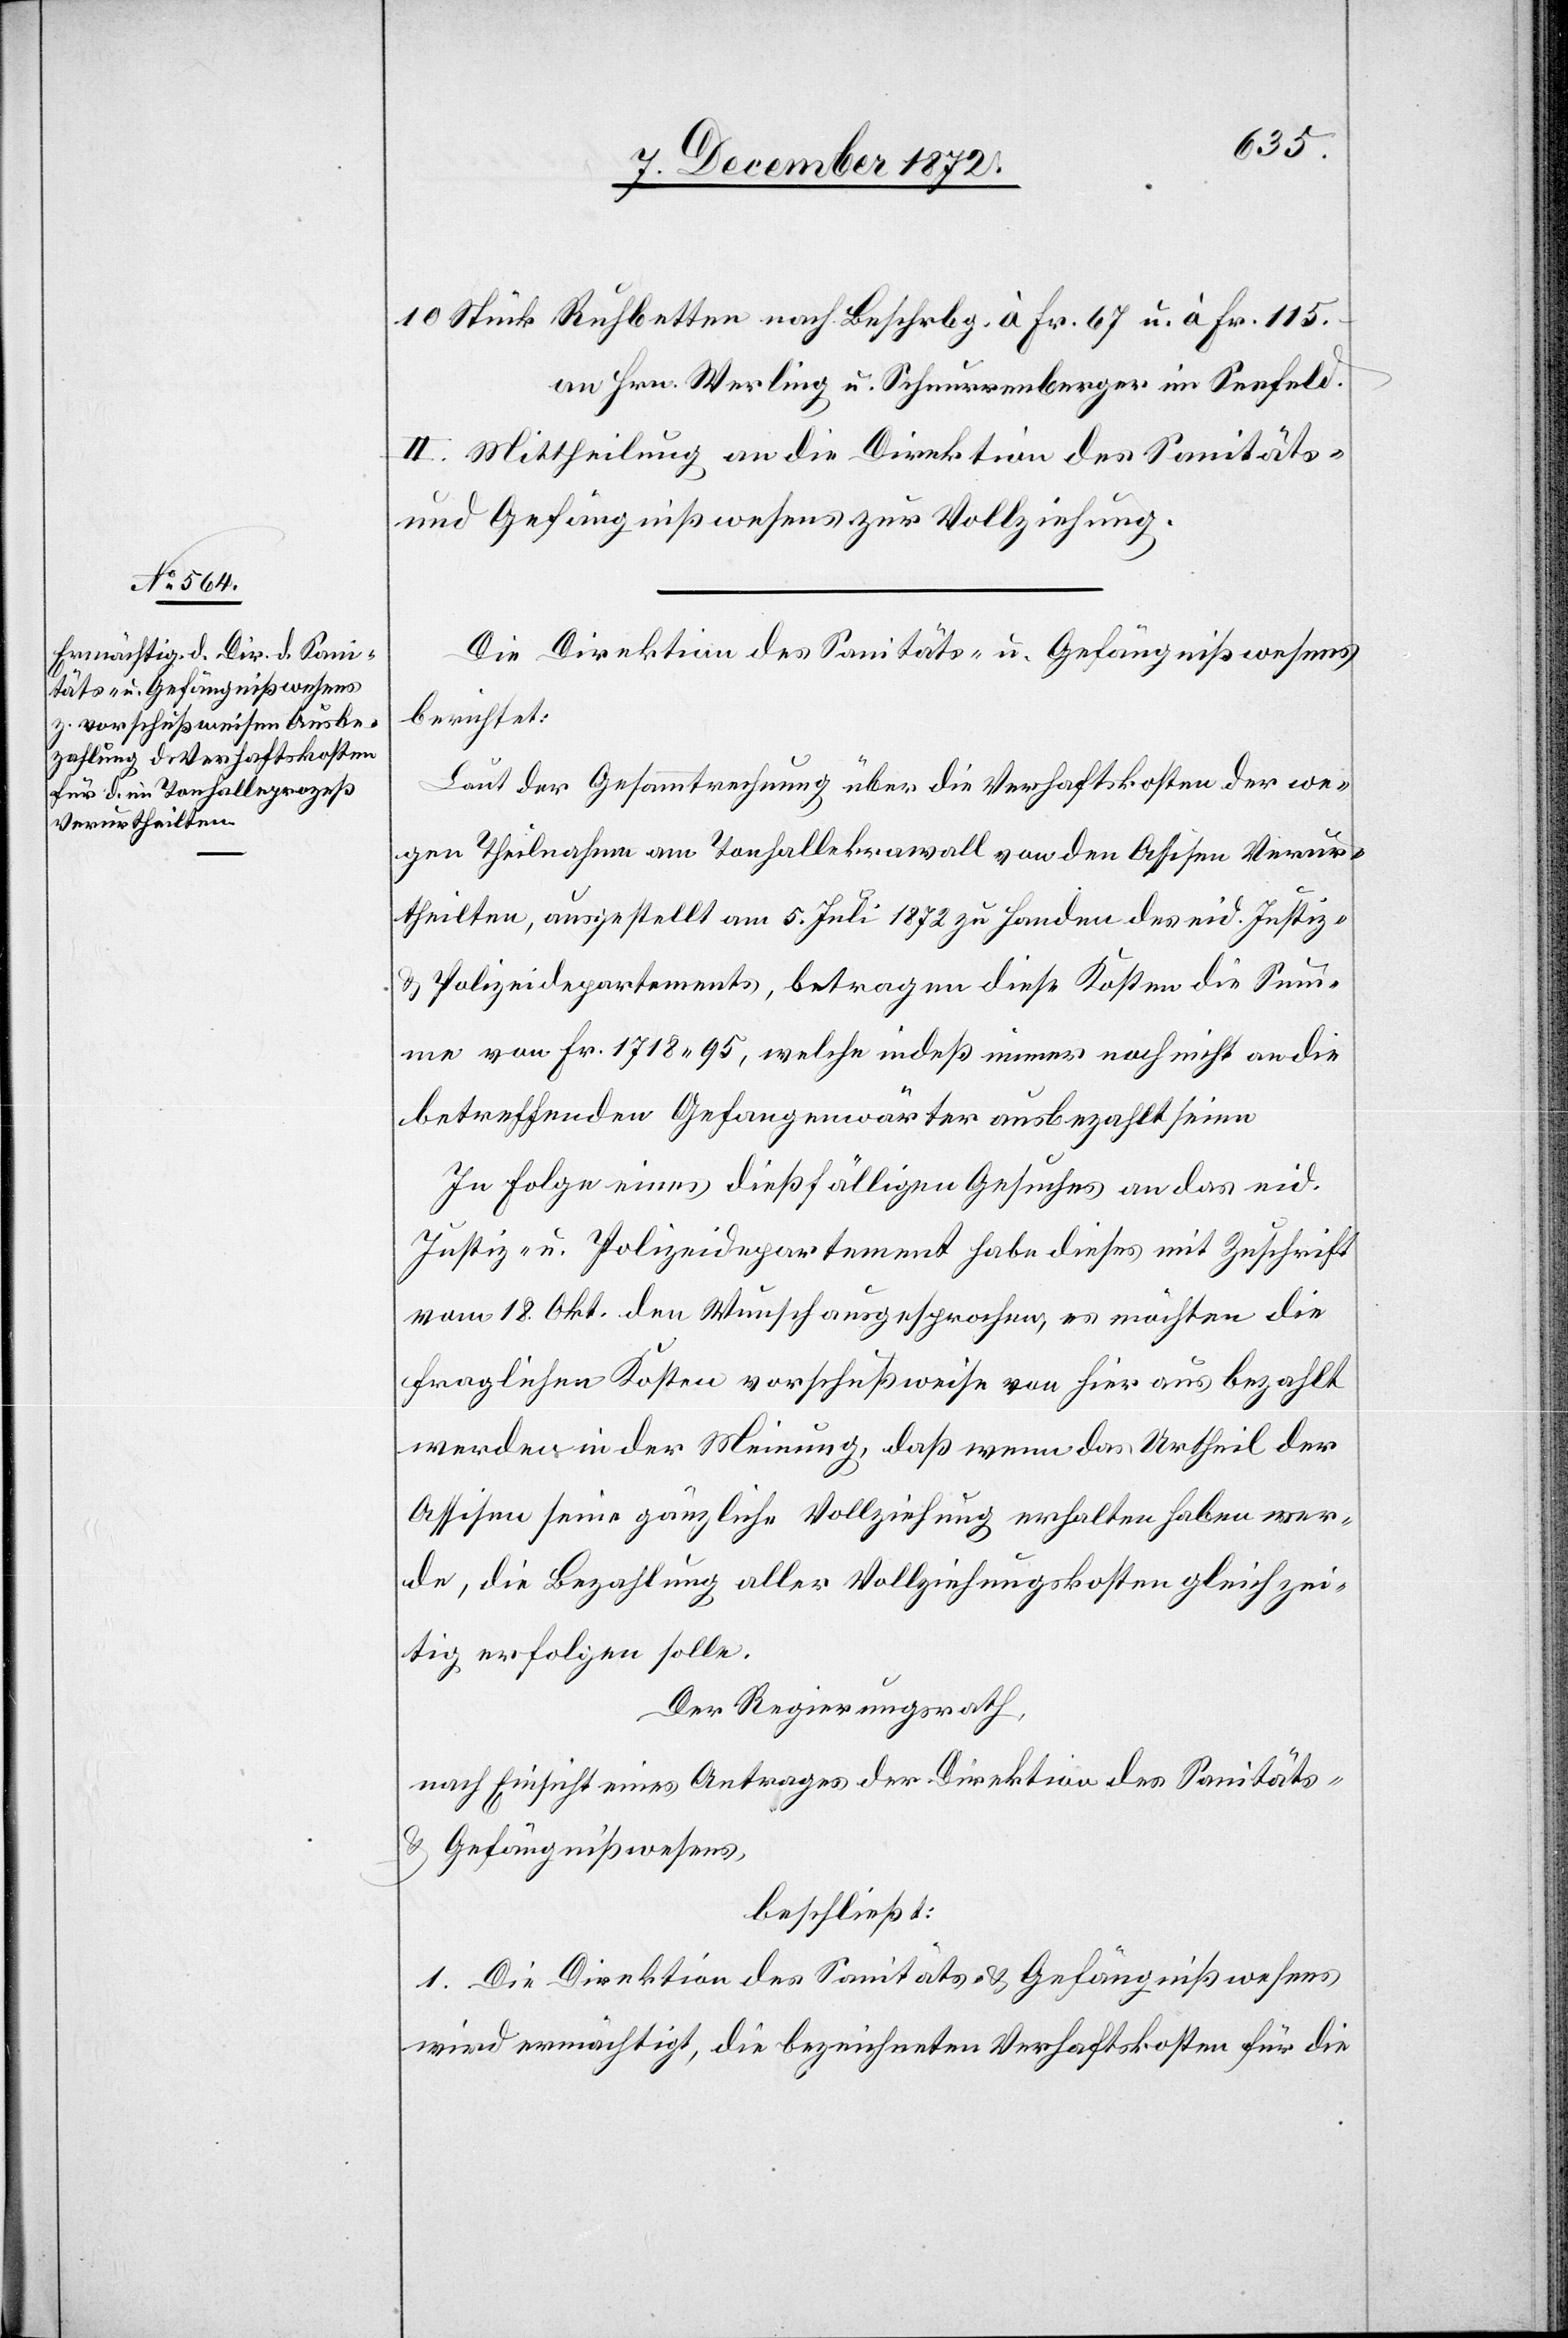
an Hrn. Werling u. Schnurrenberger im Seefeld.
II. Mittheilung an die Direktion des Sanitäts-
u. Gefängnißwesens zur Vollziehung.
Die Direktion des Sanitäts- u. Gefängnißwesens
berichtet:
Laut der Gesammtrechnung über die Verhaftskosten der we¬
gen Theilnahme am Tonhallekrawall von den Assisen Verur¬
theilten, ausgestellt am 5. Juli 1872 zu Handen des eid. Justiz-
u. Polizeidepartements, betragen diese Kosten die Sum¬
me von Fr. 1718 95, welche indeß immer noch nicht an die
betreffenden Gefangenwärter ausbezahlt seien.
In Folge eines dießfälligen Gesuches an das eid.
Justiz- u. Polizeidepartement habe dieses mit Zuschrift
vom 18. Okt. den Wunsch ausgesprochen, es möchten die
fraglichen Kosten vorschußweise von hier ausbezahlt
werden in der Meinung, daß wenn das Urtheil der
Assisen seine gänzliche Vollziehung erhalten haben wer¬
de, die Bezahlung aller Vollziehungskosten gleichzei¬
tig erfolgen solle.
Der Regierungsrath,
nach Einsicht eines Antrages der Direktion des Sanitäts-
u. Gefängnißwesens,
beschließt:
1. Die Direktion des Sanitäts- u. Gefängnißwesens
wird ermächtigt, die bezeichneten Verhaftskosten für die